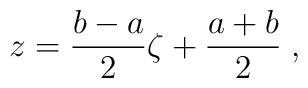
z = { b-a \over 2} \zeta + { a + b  \over 2 }\;,